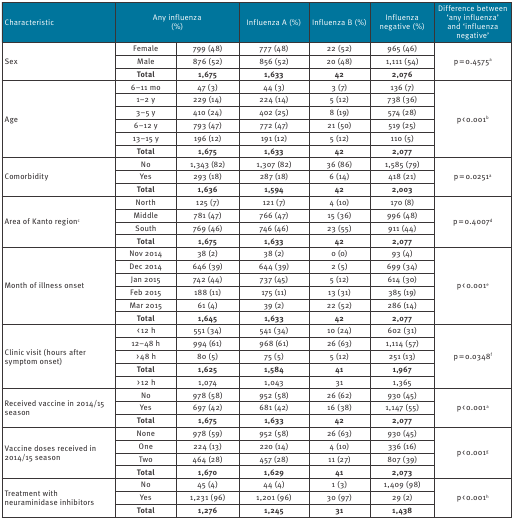
<table><thead><tr><td><b>Characteristic</b></td><td colspan="2"><b>Any influenza (%)</b></td><td><b>Influenza A (%)</b></td><td><b>Influenza B (%)</b></td><td><b>Influenza negative (%)</b></td><td><b>Difference between ‘any influenza’and ‘influenza negative’</b></td></tr></thead><tbody><tr><td rowspan="3">Sex</td><td>Female</td><td>799 (48)</td><td>777 (48)</td><td>22 (52)</td><td>965 (46)</td><td rowspan="3">p = 0.4575<sup>a</sup></td></tr><tr><td>Male</td><td>876 (52)</td><td>856 (52)</td><td>20 (48)</td><td>1,111 (54)</td></tr><tr><td><b>Total</b></td><td><b>1,675</b></td><td><b>1,633</b></td><td><b>42</b></td><td><b>2,076</b></td></tr><tr><td rowspan="6">Age</td><td>6–11 mo</td><td>47 (3)</td><td>44 (3)</td><td>3 (7)</td><td>136 (7)</td><td rowspan="6">p &lt; 0.001<sup>b</sup></td></tr><tr><td>1–2 y</td><td>229 (14)</td><td>224 (14)</td><td>5 (12)</td><td>738 (36)</td></tr><tr><td>3–5 y</td><td>410 (24)</td><td>402 (25)</td><td>8 (19)</td><td>574 (28)</td></tr><tr><td>6–12 y</td><td>793 (47)</td><td>772 (47)</td><td>21 (50)</td><td>519 (25)</td></tr><tr><td>13–15 y</td><td>196 (12)</td><td>191 (12)</td><td>5 (12)</td><td>110 (5)</td></tr><tr><td><b>Total</b></td><td><b>1,675</b></td><td><b>1,633</b></td><td><b>42</b></td><td><b>2,077</b></td></tr><tr><td rowspan="3">Comorbidity</td><td>No</td><td>1,343 (82)</td><td>1,307 (82)</td><td>36 (86)</td><td>1,585 (79)</td><td rowspan="3">p = 0.0251<sup>a</sup></td></tr><tr><td>Yes</td><td>293 (18)</td><td>287 (18)</td><td>6 (14)</td><td>418 (21)</td></tr><tr><td><b>Total</b></td><td><b>1,636</b></td><td><b>1,594</b></td><td><b>42</b></td><td><b>2,003</b></td></tr><tr><td rowspan="4">Area of Kanto region<sup>c</sup></td><td>North</td><td>125 (7)</td><td>121 (7)</td><td>4 (10)</td><td>170 (8)</td><td rowspan="4">p = 0.4007<sup>d</sup></td></tr><tr><td>Middle</td><td>781 (47)</td><td>766 (47)</td><td>15 (36)</td><td>996 (48)</td></tr><tr><td>South</td><td>769 (46)</td><td>746 (46)</td><td>23 (55)</td><td>911 (44)</td></tr><tr><td><b>Total</b></td><td><b>1,675</b></td><td><b>1,633</b></td><td><b>42</b></td><td><b>2,077</b></td></tr><tr><td rowspan="6">Month of illness onset </td><td>Nov 2014</td><td>38 (2)</td><td>38 (2)</td><td>0 (0)</td><td>93 (4)</td><td rowspan="6">p &lt; 0.001<sup>e</sup></td></tr><tr><td>Dec 2014</td><td>646 (39)</td><td>644 (39)</td><td>2 (5)</td><td>699 (34)</td></tr><tr><td>Jan 2015</td><td>742 (44)</td><td>737 (45)</td><td>5 (12)</td><td>614 (30)</td></tr><tr><td>Feb 2015</td><td>188 (11)</td><td>175 (11)</td><td>13 (31)</td><td>385 (19)</td></tr><tr><td>Mar 2015</td><td>61 (4)</td><td>39 (2)</td><td>22 (52)</td><td>286 (14)</td></tr><tr><td><b>Total</b></td><td><b>1,645</b></td><td><b>1,633</b></td><td><b>42</b></td><td><b>2,077</b></td></tr><tr><td rowspan="5">Clinic visit (hours after symptom onset)</td><td> &lt; 12 h</td><td>551 (34)</td><td>541 (34)</td><td>10 (24)</td><td>602 (31)</td><td rowspan="5">p = 0.0348<sup>f</sup></td></tr><tr><td>12–48 h</td><td>994 (61)</td><td>968 (61)</td><td>26 (63)</td><td>1,114 (57)</td></tr><tr><td> &gt; 48 h</td><td>80 (5)</td><td>75 (5)</td><td>5 (12)</td><td>251 (13)</td></tr><tr><td><b>Total</b></td><td><b>1,625</b></td><td><b>1,584</b></td><td><b>41</b></td><td><b>1,967</b></td></tr><tr><td> &gt; 12 h</td><td>1,074</td><td>1,043</td><td>31</td><td>1,365</td></tr><tr><td rowspan="3">Received vaccine in 2014/15 season</td><td>No</td><td>978 (58)</td><td>952 (58)</td><td>26 (62)</td><td>930 (45)</td><td rowspan="3">p &lt; 0.001<sup>a</sup></td></tr><tr><td>Yes</td><td>697 (42)</td><td>681 (42)</td><td>16 (38)</td><td>1,147 (55)</td></tr><tr><td><b>Total</b></td><td><b>1,675</b></td><td><b>1,633</b></td><td><b>42</b></td><td><b>2,077</b></td></tr><tr><td rowspan="4">Vaccine doses received in 2014/15 season</td><td>None</td><td>978 (59)</td><td>952 (58)</td><td>26 (63)</td><td>930 (45)</td><td rowspan="4">p &lt; 0.001<sup>g</sup></td></tr><tr><td>One</td><td>224 (13)</td><td>220 (14)</td><td>4 (10)</td><td>336 (16)</td></tr><tr><td>Two</td><td>464 (28)</td><td>457 (28)</td><td>11 (27)</td><td>807 (39)</td></tr><tr><td><b>Total</b></td><td><b>1,670</b></td><td><b>1,629</b></td><td><b>41</b></td><td><b>2,073</b></td></tr><tr><td rowspan="3">Treatment with neuraminidase inhibitors</td><td>No</td><td>45 (4)</td><td>44 (4)</td><td>1 (3)</td><td>1,409 (98)</td><td rowspan="3">p &lt; 0.001<sup>h</sup></td></tr><tr><td>Yes</td><td>1,231 (96)</td><td>1,201 (96)</td><td>30 (97)</td><td>29 (2)</td></tr><tr><td><b>Total</b></td><td><b>1,276</b></td><td><b>1,245</b></td><td><b>31</b></td><td><b>1,438</b></td></tr></tbody></table>